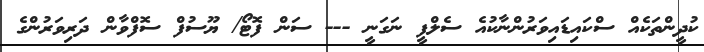
ކުދީންތަކެއް ސްކައިޑައިވަރުންނާކުއެ ސެލްފީ ނަގަނީ --- ސަން ފޮޓޯ/ ޔޫސުފް ސޮފްވާން ދަރިވަރުންގެ